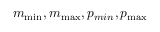
m _ { \operatorname* { m i n } } , m _ { \operatorname* { m a x } } , p _ { m i n } , p _ { \operatorname* { m a x } }